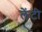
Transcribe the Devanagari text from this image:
लेंटी